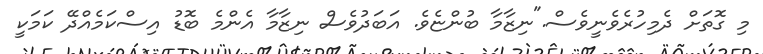
މި ގޮތަށް ދެމިހުރެވެނީވެސް."ނިޒާމާ ބުންޏެވެ. އަބަދުވެސް ނިޒާމާ އެންމެ ބޮޑު އިސްކަމެއްދޭ ކަމަކީ